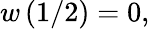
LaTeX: w\left(1/2\right)=0,